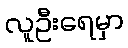
လူဦးရေမှာ